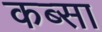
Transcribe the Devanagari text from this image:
कब्सा